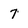
Character: 7